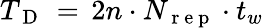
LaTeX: T_{\mathrm{~D~}}\, =\, 2n\cdot N_{\mathrm{~r~e~p~}}\cdot t_{w}